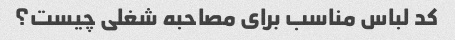
کد لباس مناسب برای مصاحبه شغلی چیست؟